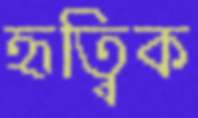
হৃত্বিক